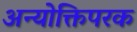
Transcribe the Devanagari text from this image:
अन्योक्तिपरक